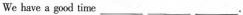
we have a good time ___ ___ ___.